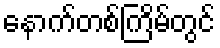
နောက်တစ်ကြိမ်တွင်